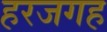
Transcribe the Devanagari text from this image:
हरजगह